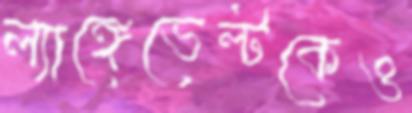
ল্যাঙ্গেভেল্টকেও